画像に写った文字を読んでください
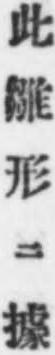
「此雛形ニ據」と書いてあります